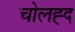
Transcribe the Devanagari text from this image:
चोलह्द